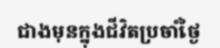
ជាងមុនក្នុងជីវិតប្រចាំថ្ងៃ